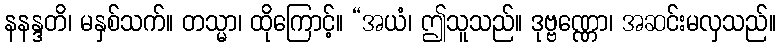
နနန္ဒတိ၊ မနှစ်သက်။ တသ္မာ၊ ထိုကြောင့်။ “အယံ၊ ဤသူသည်။ ဒုဗ္ဗဏ္ဏော၊ အဆင်းမလှသည်။